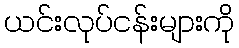
ယင်းလုပ်ငန်းများကို